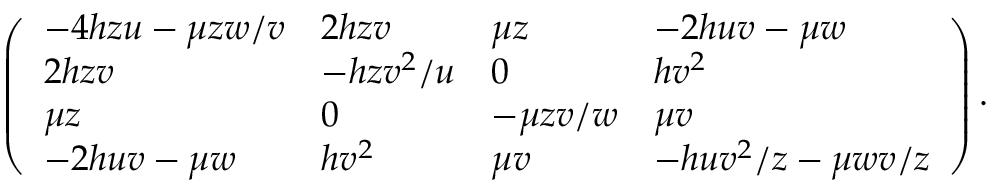
\left( \begin{array} { l l l l } { { - 4 h z u - \mu z w / v } } & { { 2 h z v } } & { { \mu z } } & { { - 2 h u v - \mu w } } \\ { { 2 h z v } } & { { - h z v ^ { 2 } / u } } & { { 0 } } & { { h v ^ { 2 } } } \\ { { \mu z } } & { { 0 } } & { { - \mu z v / w } } & { { \mu v } } \\ { { - 2 h u v - \mu w } } & { { h v ^ { 2 } } } & { { \mu v } } & { { - h u v ^ { 2 } / z - \mu w v / z } } \end{array} \right) .